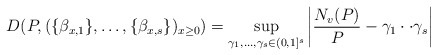
\begin{align*}D(P,(\{\beta_{x,1}\}, \ldots ,\{\beta_{x,s}\})_{x\geq 0})=\sup_{\gamma_1,\ldots,\gamma_s\in(0,1]^s} \left|\frac{N_v(P)}{P}-\gamma_1\cdot \cdot \gamma_s\right|\end{align*}